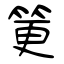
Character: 筻